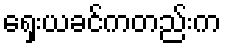
ရှေးယခင်ကတည်းက